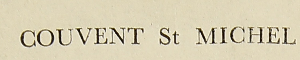
Couvent St Michel